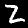
Digit: 2